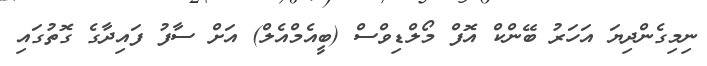
ނިމިގެންދިޔަ އަހަރު ބޭންކް އޮފް މޯލްޑިވްސް (ބީއެމްއެލް) އަށް ސާފު ފައިދާގެ ގޮތުގައި